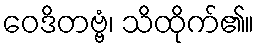
ဝေဒိတဗ္ဗံ၊ သိထိုက်၏။